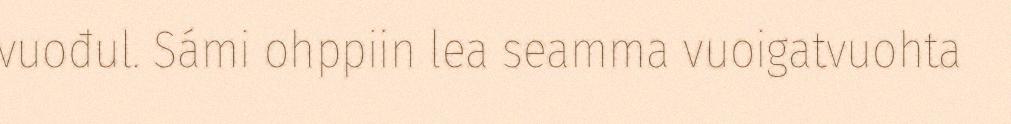
vuođul. Sámi ohppiin lea seamma vuoigatvuohta